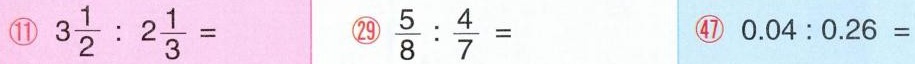
⑪ $$3 \frac { 1 } { 2 } : 2 \frac { 1 } { 3 } =$$ ㉙ $$\frac { 5 } { 8 } : \frac { 4 } { 7 } =$$ ㊼ $$0 . 0 4 : 0 . 2 6 =$$